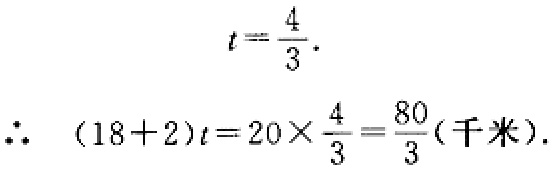
\[
\begin{align*}
t&=\frac{4}{3}.\\
\therefore\ (18 + 2)t&=20\times\frac{4}{3}=\frac{80}{3}(\text{千米}).
\end{align*}
\]